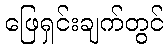
ဖြေရှင်းချက်တွင်